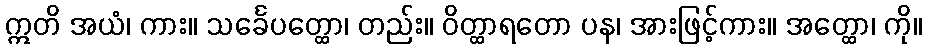
ဣတိ အယံ၊ ကား။ သင်္ခေပတ္ထော၊ တည်း။ ဝိတ္ထာရတော ပန၊ အားဖြင့်ကား။ အတ္ထော၊ ကို။